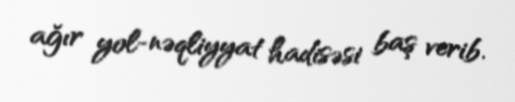
ağır yol-nəqliyyat hadisəsi baş verib.